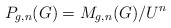
\begin{align*}P_{g, n}(G) = M_{g, n}(G)/U^n\end{align*}